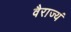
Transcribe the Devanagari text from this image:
वैराज्यं